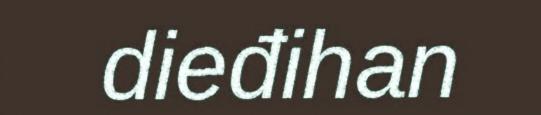
dieđihan